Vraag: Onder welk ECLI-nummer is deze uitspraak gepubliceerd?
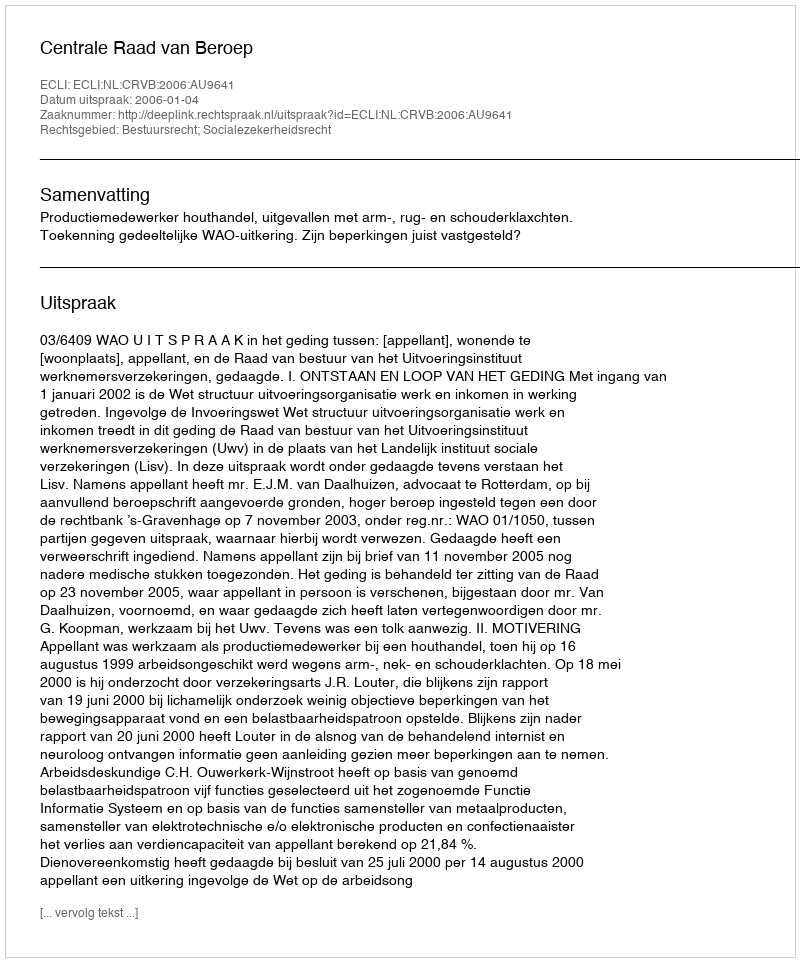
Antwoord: ECLI:NL:CRVB:2006:AU9641